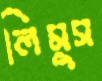
লিমুস